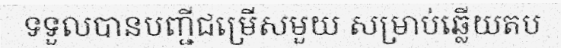
ទទួលបានបញ្ជីជម្រើសមួយ សម្រាប់ឆ្លើយតប